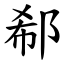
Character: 郗